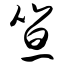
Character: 笪